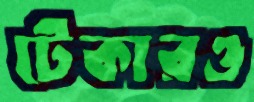
টেকারও